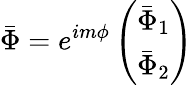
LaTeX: \bar{\Phi}=e^{im\phi}\left(\begin{array}{c}{{\bar{\Phi}_{1}}}\\ {{\bar{\Phi}_{2}}}\end{array}\right)